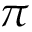
\pi